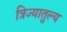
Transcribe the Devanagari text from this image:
त्रिज्यातुल्य